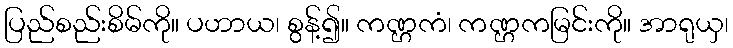
ပြည်စည်းစိမ်ကို။ ပဟာယ၊ စွန့်၍။ ကဏ္ဌကံ၊ ကဏ္ဌကမြင်းကို။ အာရုယှ၊